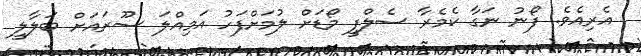
އެރިއެވެ. ފޯނު ނަގާ ކެމެރާ ސެލްފީ މޯޑަށް ލުމަށްފަހު އަމިއްލަ ސޫރައަށް ބަލާލީ